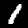
Digit: 1